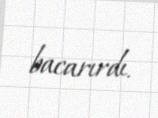
bacarırdı.